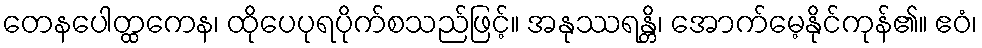
တေနပေါတ္ထကေန၊ ထိုပေပုရပိုက်စသည်ဖြင့်။ အနုဿရန္တိ၊ အောက်မေ့နိုင်ကုန်၏။ ဧဝံ၊